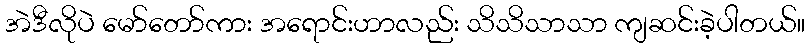
အဲဒီလိုပဲ မော်တော်ကား အရောင်းဟာလည်း သိသိသာသာ ကျဆင်းခဲ့ပါတယ်။